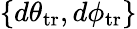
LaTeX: \{ d\theta_{\mathrm{tr}},d\phi_{\mathrm{tr}}\}